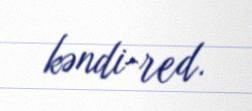
kəndi-red.